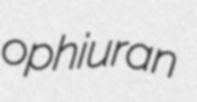
ophiuran